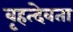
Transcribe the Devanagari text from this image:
बृहत्देवता